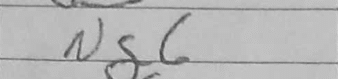
Transcription: Ng6